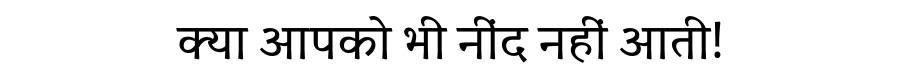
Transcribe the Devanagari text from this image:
क्या आपको भी नींद नहीं आती!